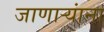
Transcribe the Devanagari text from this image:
जाणार्‍यांना